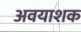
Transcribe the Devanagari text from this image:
अवयाशक